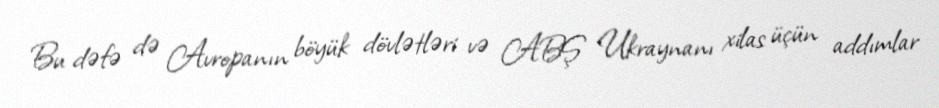
Bu dəfə də Avropanın böyük dövlətləri və ABŞ Ukraynanı xilas üçün addımlar